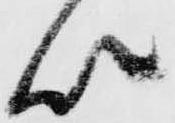
以